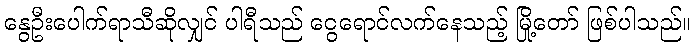
နွေဦးပေါက်ရာသီဆိုလျှင် ပါရီသည် ငွေရောင်လက်နေသည့် မြို့တော် ဖြစ်ပါသည်။